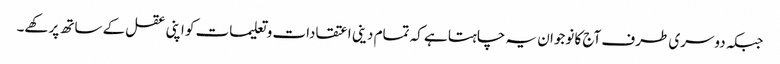
جبکہ دوسری طرف آج کا نوجوان یہ چاہتا ہے کہ تمام دینی اعتقادات و تعلیمات کو اپنی عقل کے ساتھ پرکھے۔